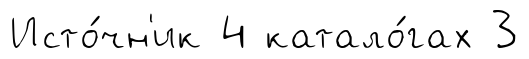
Исто́чн'ик 4 катало́гах 3